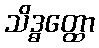
သိဒ္ဓတ္ထော